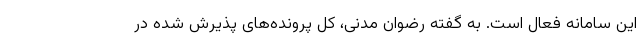
این سامانه فعال است. به گفته رضوان مدنی، کل پرونده‌های پذیرش شده در